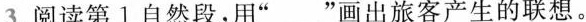
3.阅读第1自然段，用”___”画出旅客产生的联想。